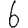
Digit: 6